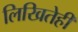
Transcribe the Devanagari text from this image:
लिखितेही